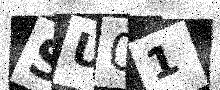
Text: SU01